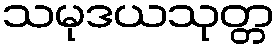
သမုဒယသုတ္တ